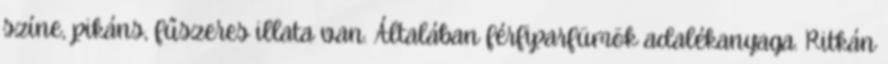
színe, pikáns, fűszeres illata van. Általában férfiparfümök adalékanyaga. Ritkán